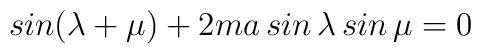
sin(\lambda +\mu )+2ma\,sin\,\lambda \,sin\,\mu =0